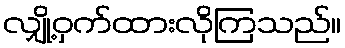
လျှို့ဝှက်ထားလိုကြသည်။